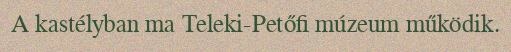
A kastélyban ma Teleki-Petőfi múzeum működik.